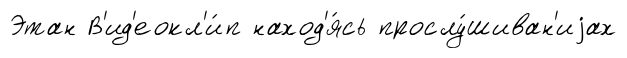
Этан В'ид'еокл'и́п наход'я́сь прослу́шиван'иjах